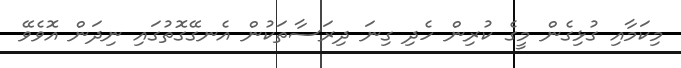
މިކަމާއި ގުޅިގެން މީގެ ކުރިން ހެދި ގިނަ ދިރަސާތަކުން އެނގޭގޮތުގައި ނިދަން އޮވެވޭ